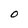
Character: O